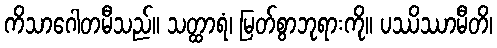
ကိသာဂေါတမီသည်။ သတ္ထာရံ၊ မြတ်စွာဘုရားကို။ ပဿိဿာမီတိ၊